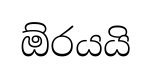
ඕරයයි